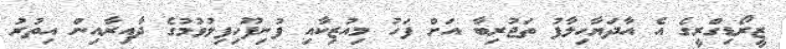
ޒީރޯޑިގްރީގެ އެ އާދަޔާހިލާފު ތަޖުރިބާ އަށް ފަހު މިއުޒިކާއި ފުނިފޫހިފިލުވުމުގެ ދާއިރާއިން އިތުރު